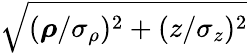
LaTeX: \sqrt{(\boldsymbol{\rho}/\sigma_{\rho})^{2}+(z/\sigma_{z})^{2}}